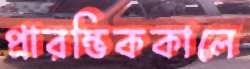
প্রারম্ভিককালে